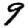
Digit: 9